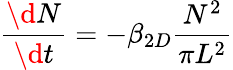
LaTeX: \frac{\d N}{\d t}=-\beta_{2D}\frac{N^{2}}{\pi L^{2}}